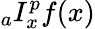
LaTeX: {}_{a}I_{x}^{p}f(x)